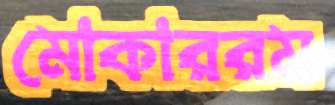
মোকাররম